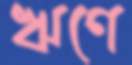
ঋণে